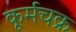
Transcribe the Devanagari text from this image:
कूर्मचक्र